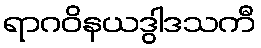
ရာဂဝိနယဒွါဒသကီ